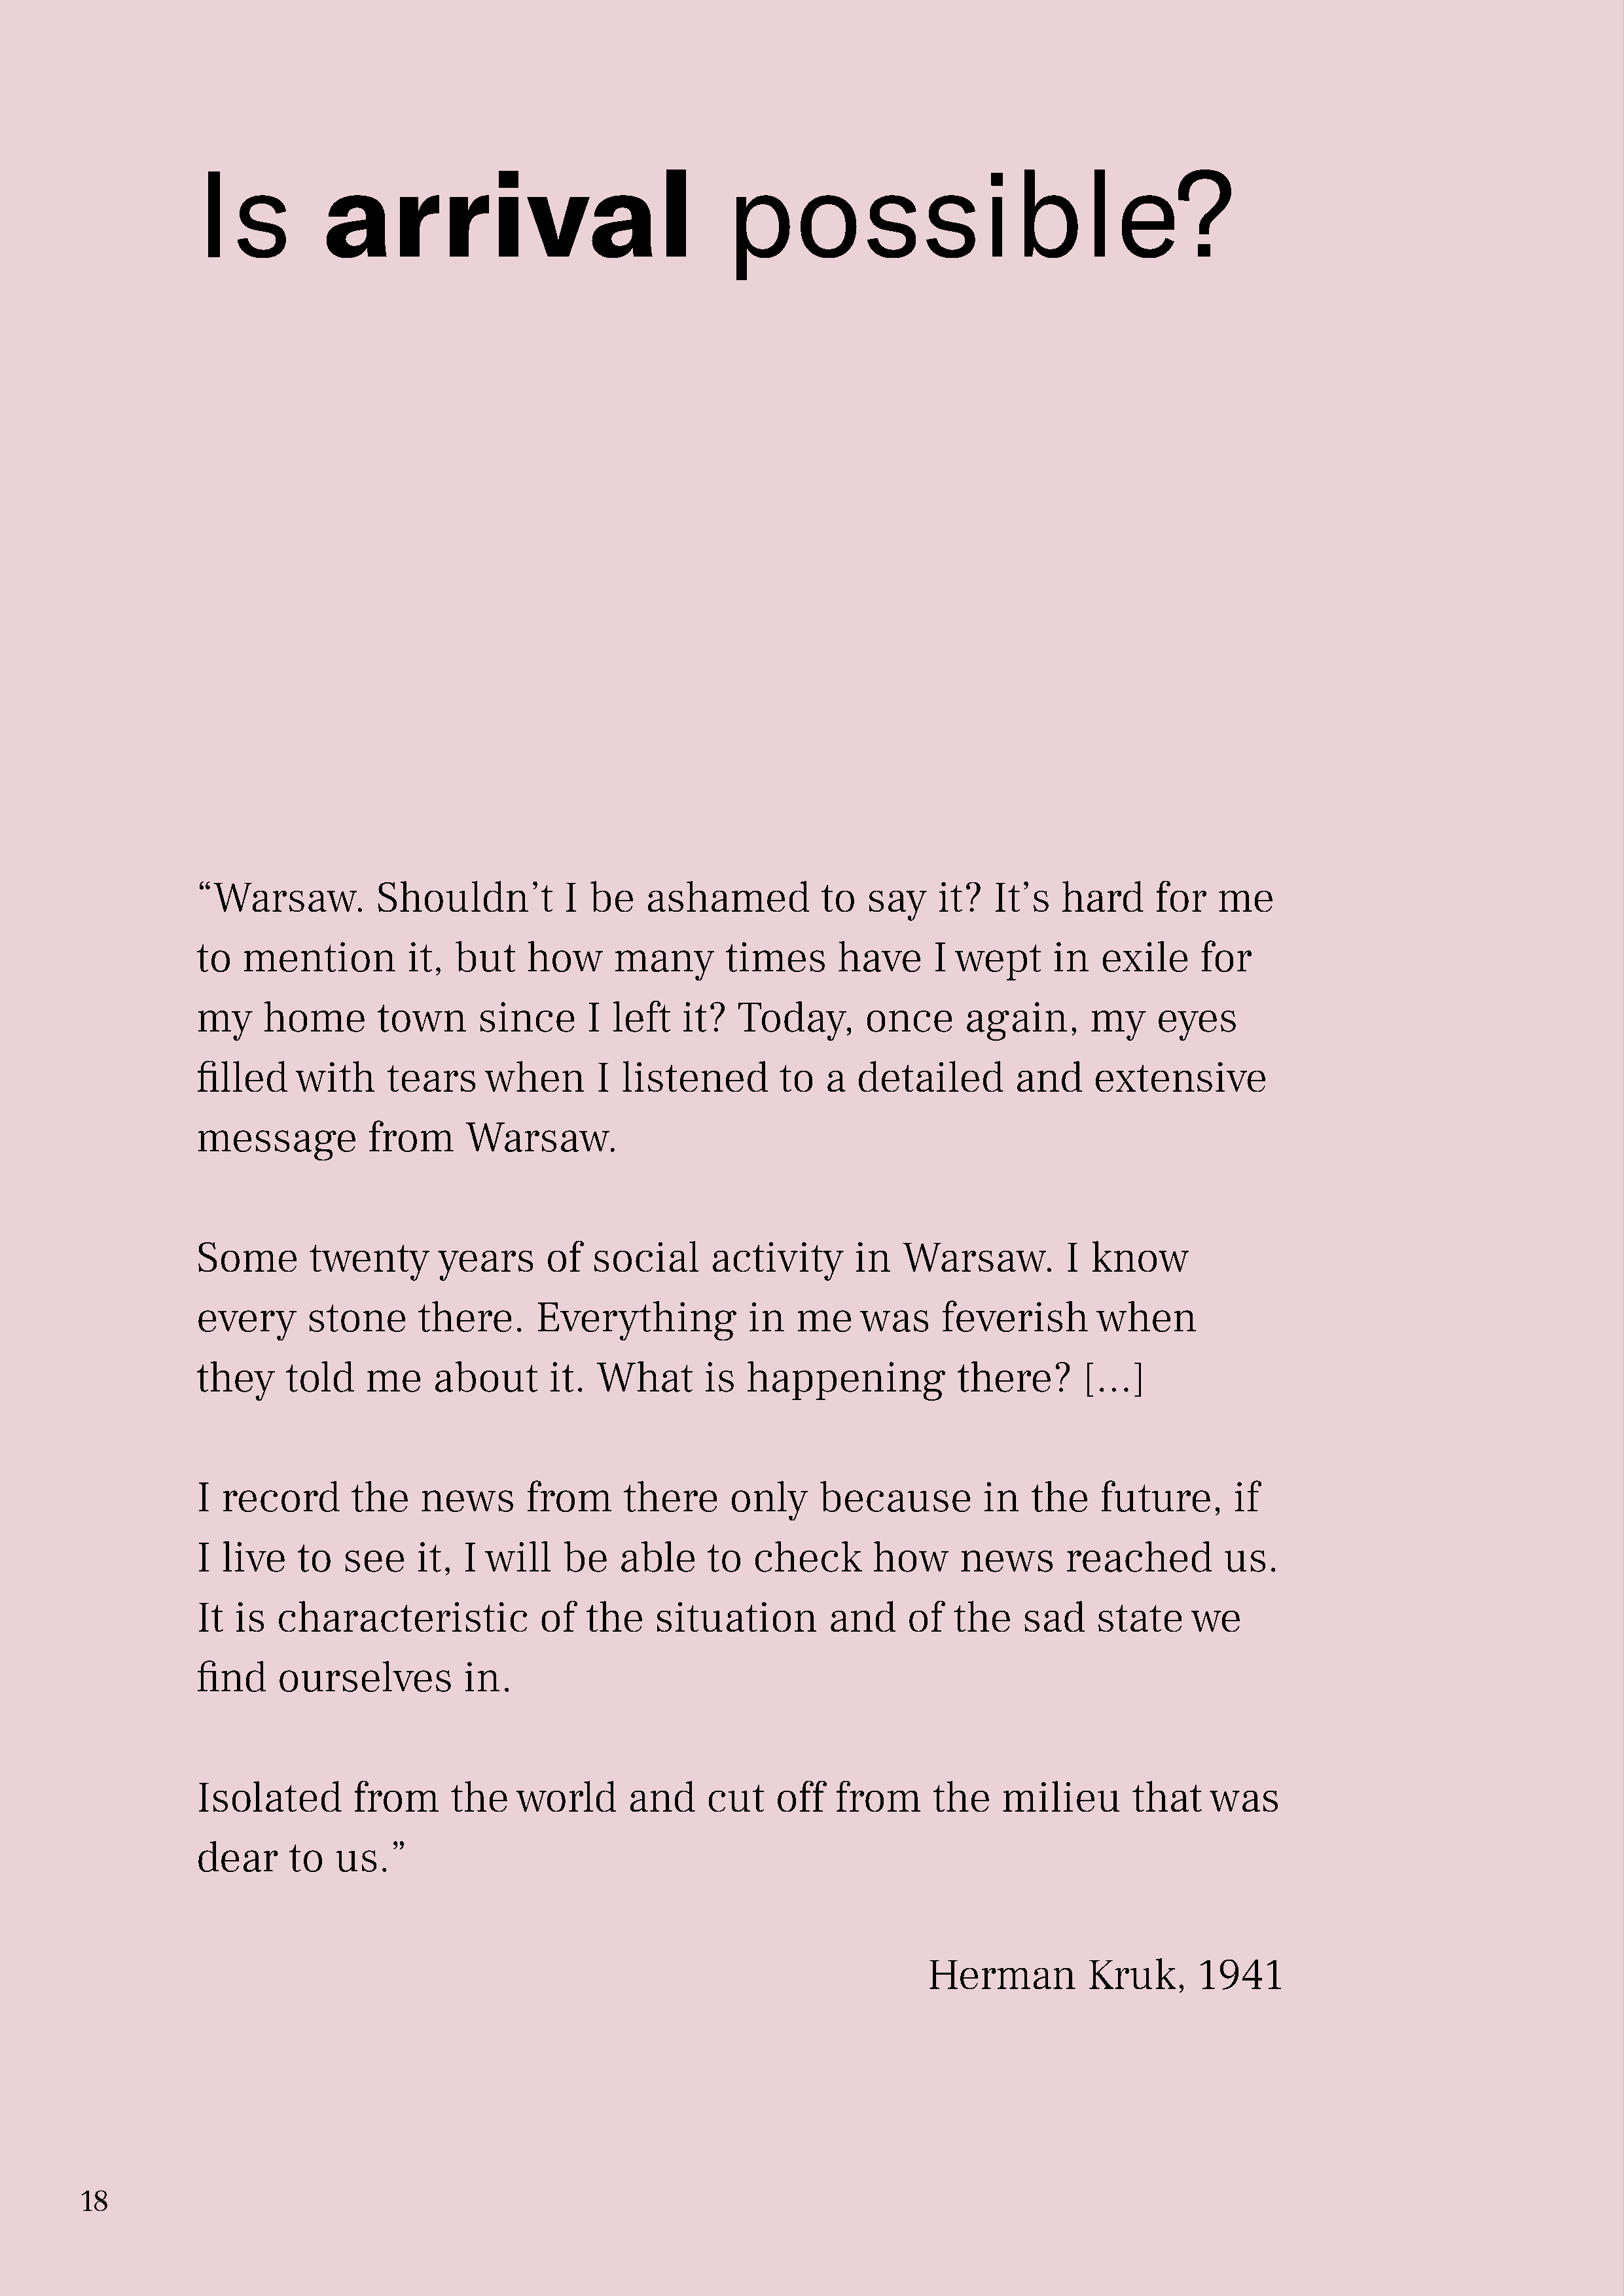
Is           arrival                                 possible?
 “Warsaw.          Shouldn’t          I  be   ashamed           to   say    it?  It’s   hard      for   me
 to   mention         it,  but    how      many       times       have     I  wept     in   exile     for
 my     home       town      since      I  left   it?   Today,      once       again,      my     eyes
 filled    with     tears     when       I  listened        to  a   detailed        and     extensive
 message          from      Warsaw.
 Some       twenty       years      of   social      activity      in   Warsaw.          I know
 every      stone      there.      Everything            in  me     was     feverish        when
 they     told    me     about      it.  What       is  happening             there?      […]
 I record        the   news       from      there      only     because         in   the    future,       if
 I live    to   see    it,  I will    be    able    to   check       how      news       reached         us.
 It  is  characteristic             of  the    situation         and     of  the    sad     state    we
 find    ourselves          in.
 Isolated        from      the   world      and     cut    off   from      the    milieu       that    was
 dear     to   us.”
 Herman          Kruk,      1941
 18